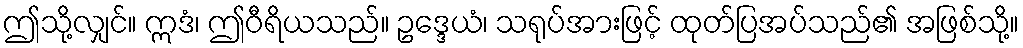
ဤသို့လျှင်။ ဣဒံ၊ ဤဝီရိယသည်။ ဥဒ္ဒေယံ၊ သရုပ်အားဖြင့် ထုတ်ပြအပ်သည်၏ အဖြစ်သို့။